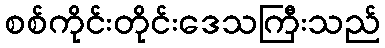
စစ်ကိုင်းတိုင်းဒေသကြီးသည်